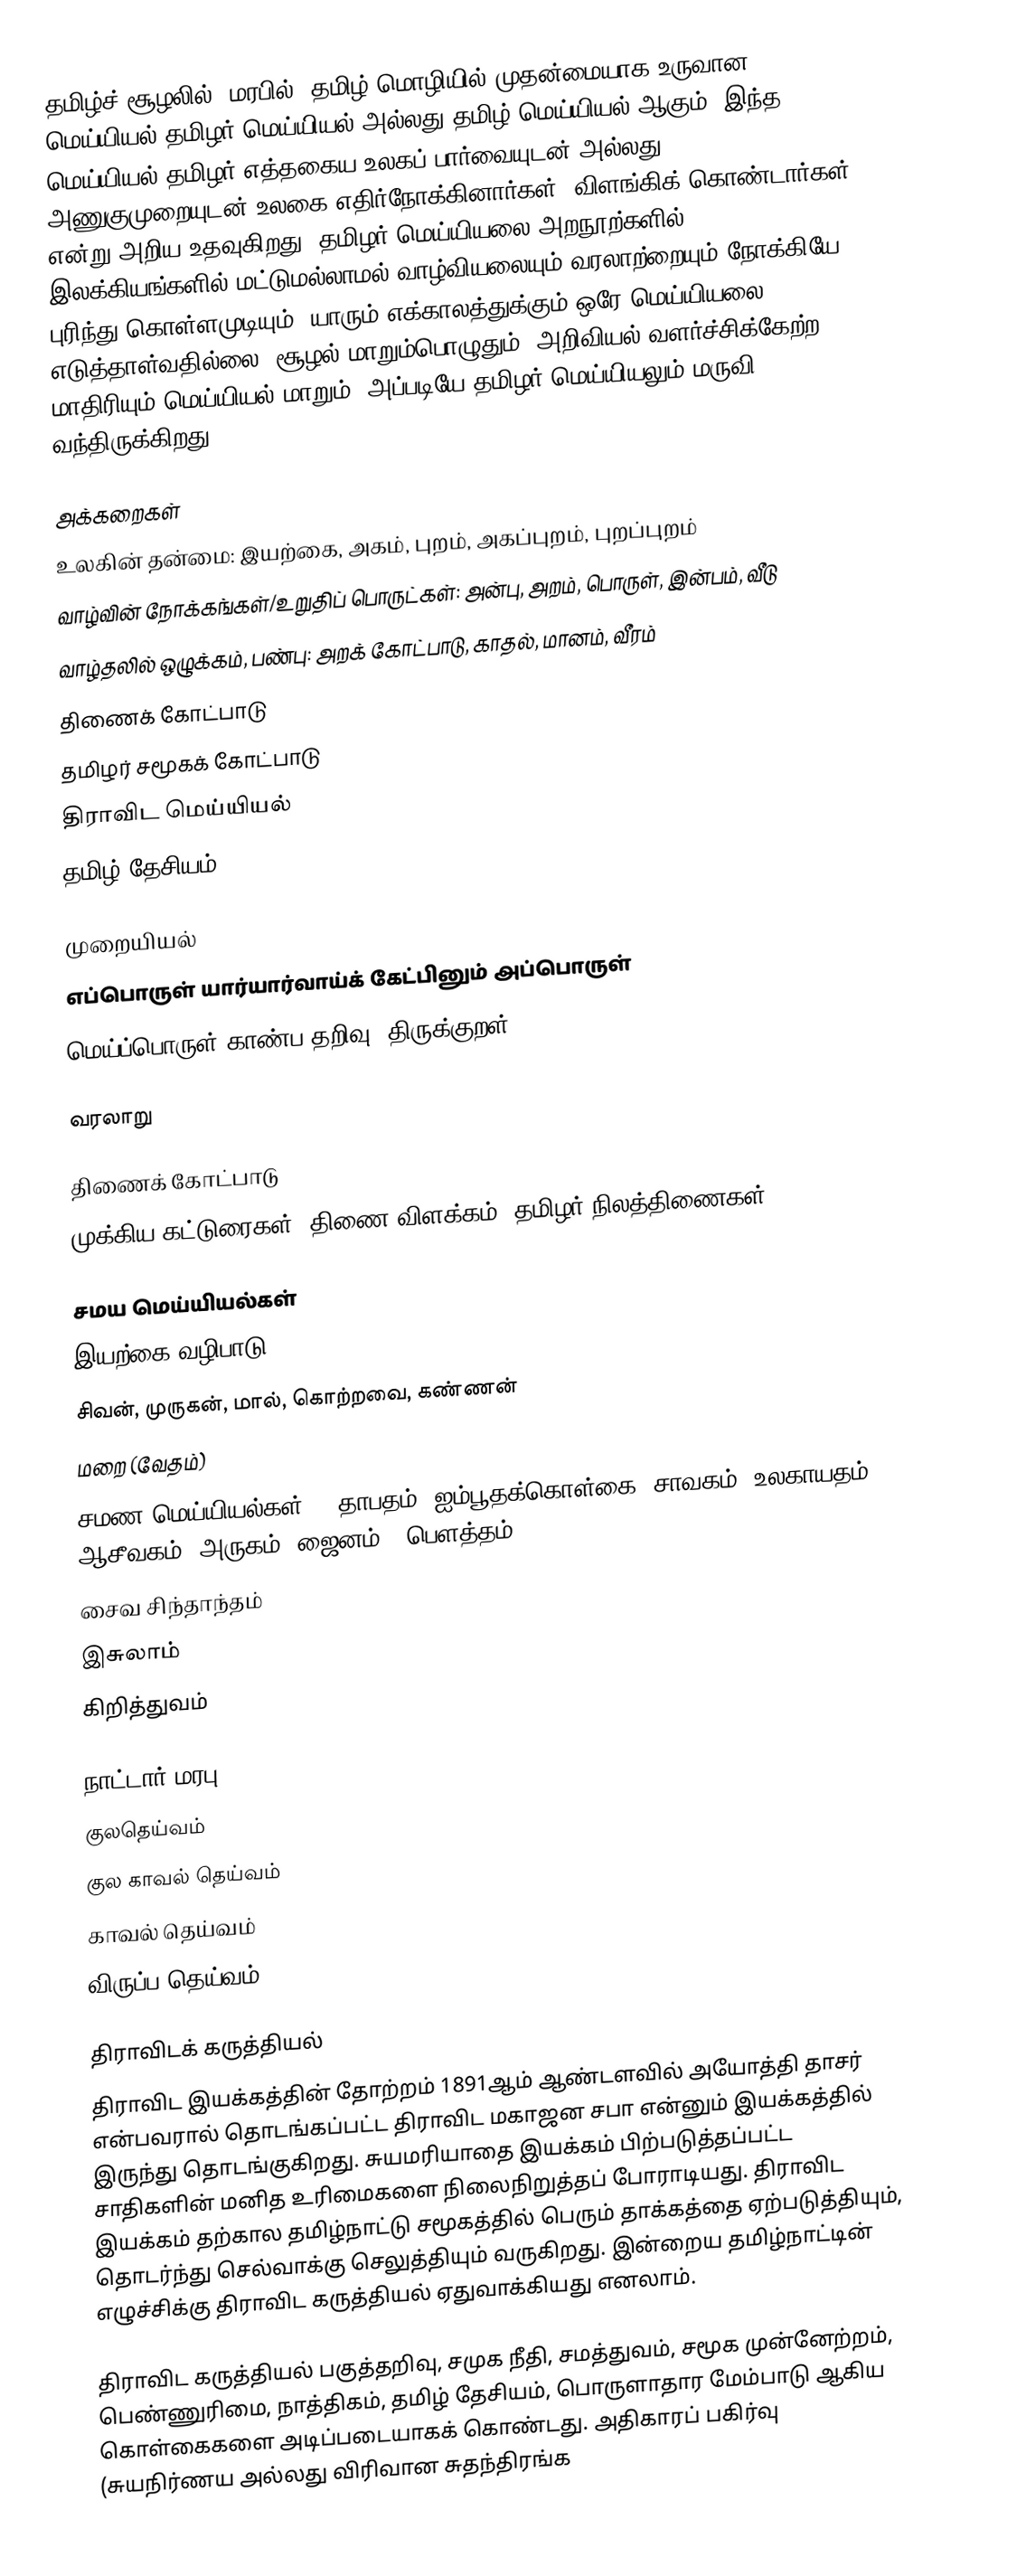
தமிழ்ச் சூழலில், மரபில், தமிழ் மொழியில் முதன்மையாக உருவான மெய்யியல் தமிழர் மெய்யியல் அல்லது தமிழ் மெய்யியல் ஆகும்.  இந்த மெய்யியல் தமிழர் எத்தகைய உலகப் பார்வையுடன் அல்லது அணுகுமுறையுடன் உலகை எதிர்நோக்கினார்கள், விளங்கிக் கொண்டார்கள் என்று அறிய உதவுகிறது.  தமிழர் மெய்யியலை அறநூற்களில், இலக்கியங்களில் மட்டுமல்லாமல் வாழ்வியலையும் வரலாற்றையும் நோக்கியே புரிந்து கொள்ளமுடியும்.  யாரும் எக்காலத்துக்கும் ஒரே மெய்யியலை எடுத்தாள்வதில்லை.  சூழல் மாறும்பொழுதும், அறிவியல் வளர்ச்சிக்கேற்ற மாதிரியும் மெய்யியல் மாறும்.  அப்படியே தமிழர் மெய்யியலும் மருவி வந்திருக்கிறது.

அக்கறைகள்
 உலகின் தன்மை:  இயற்கை, அகம், புறம், அகப்புறம், புறப்புறம்
 வாழ்வின் நோக்கங்கள்/உறுதிப் பொருட்கள்: அன்பு, அறம், பொருள், இன்பம், வீடு
 வாழ்தலில் ஒழுக்கம், பண்பு: அறக் கோட்பாடு, காதல், மானம், வீரம்
 திணைக் கோட்பாடு
 தமிழர் சமூகக் கோட்பாடு
 திராவிட மெய்யியல்
 தமிழ் தேசியம்

முறையியல்
எப்பொருள் யார்யார்வாய்க் கேட்பினும் அப்பொருள்
மெய்ப்பொருள் காண்ப தறிவு. திருக்குறள் - 423

வரலாறு

திணைக் கோட்பாடு
முக்கிய கட்டுரைகள்: திணை விளக்கம், தமிழர் நிலத்திணைகள்

சமய மெய்யியல்கள்
 இயற்கை வழிபாடு
 சிவன், முருகன், மால், கொற்றவை, கண்ணன்
 மறை (வேதம்)
சமண மெய்யியல்கள் - (தாபதம், ஐம்பூதக்கொள்கை (சாவகம், உலகாயதம்), ஆசீவகம், அருகம் (ஜைனம்), பௌத்தம்)
சைவ சிந்தாந்தம்
 இசுலாம்
 கிறித்துவம்

நாட்டார் மரபு
 குலதெய்வம்
 குல காவல் தெய்வம்
 காவல் தெய்வம்
 விருப்ப தெய்வம்

திராவிடக் கருத்தியல்
திராவிட இயக்கத்தின் தோற்றம் 1891ஆம் ஆண்டளவில் அயோத்தி தாசர் என்பவரால் தொடங்கப்பட்ட திராவிட மகாஜன சபா என்னும் இயக்கத்தில் இருந்து தொடங்குகிறது.  சுயமரியாதை இயக்கம் பிற்படுத்தப்பட்ட சாதிகளின் மனித உரிமைகளை நிலைநிறுத்தப் போராடியது.  திராவிட இயக்கம் தற்கால தமிழ்நாட்டு சமூகத்தில் பெரும் தாக்கத்தை ஏற்படுத்தியும், தொடர்ந்து செல்வாக்கு செலுத்தியும் வருகிறது.  இன்றைய தமிழ்நாட்டின் எழுச்சிக்கு திராவிட கருத்தியல் ஏதுவாக்கியது எனலாம்.

திராவிட கருத்தியல் பகுத்தறிவு, சமுக நீதி, சமத்துவம், சமூக முன்னேற்றம், பெண்ணுரிமை, நாத்திகம், தமிழ் தேசியம், பொருளாதார மேம்பாடு ஆகிய கொள்கைகளை அடிப்படையாகக் கொண்டது.  அதிகாரப் பகிர்வு (சுயநிர்ணய அல்லது விரிவான சுதந்திரங்க